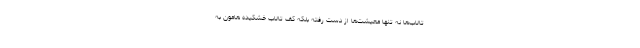
تالاب‌ها نه تنها معیشت‌ها از دست رفته بلکه کف تالاب خشکیده هامون به